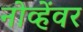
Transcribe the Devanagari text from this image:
नोव्हेंवर